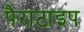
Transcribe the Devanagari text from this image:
पैराटाइप